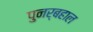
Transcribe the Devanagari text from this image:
पुनर्बहाल